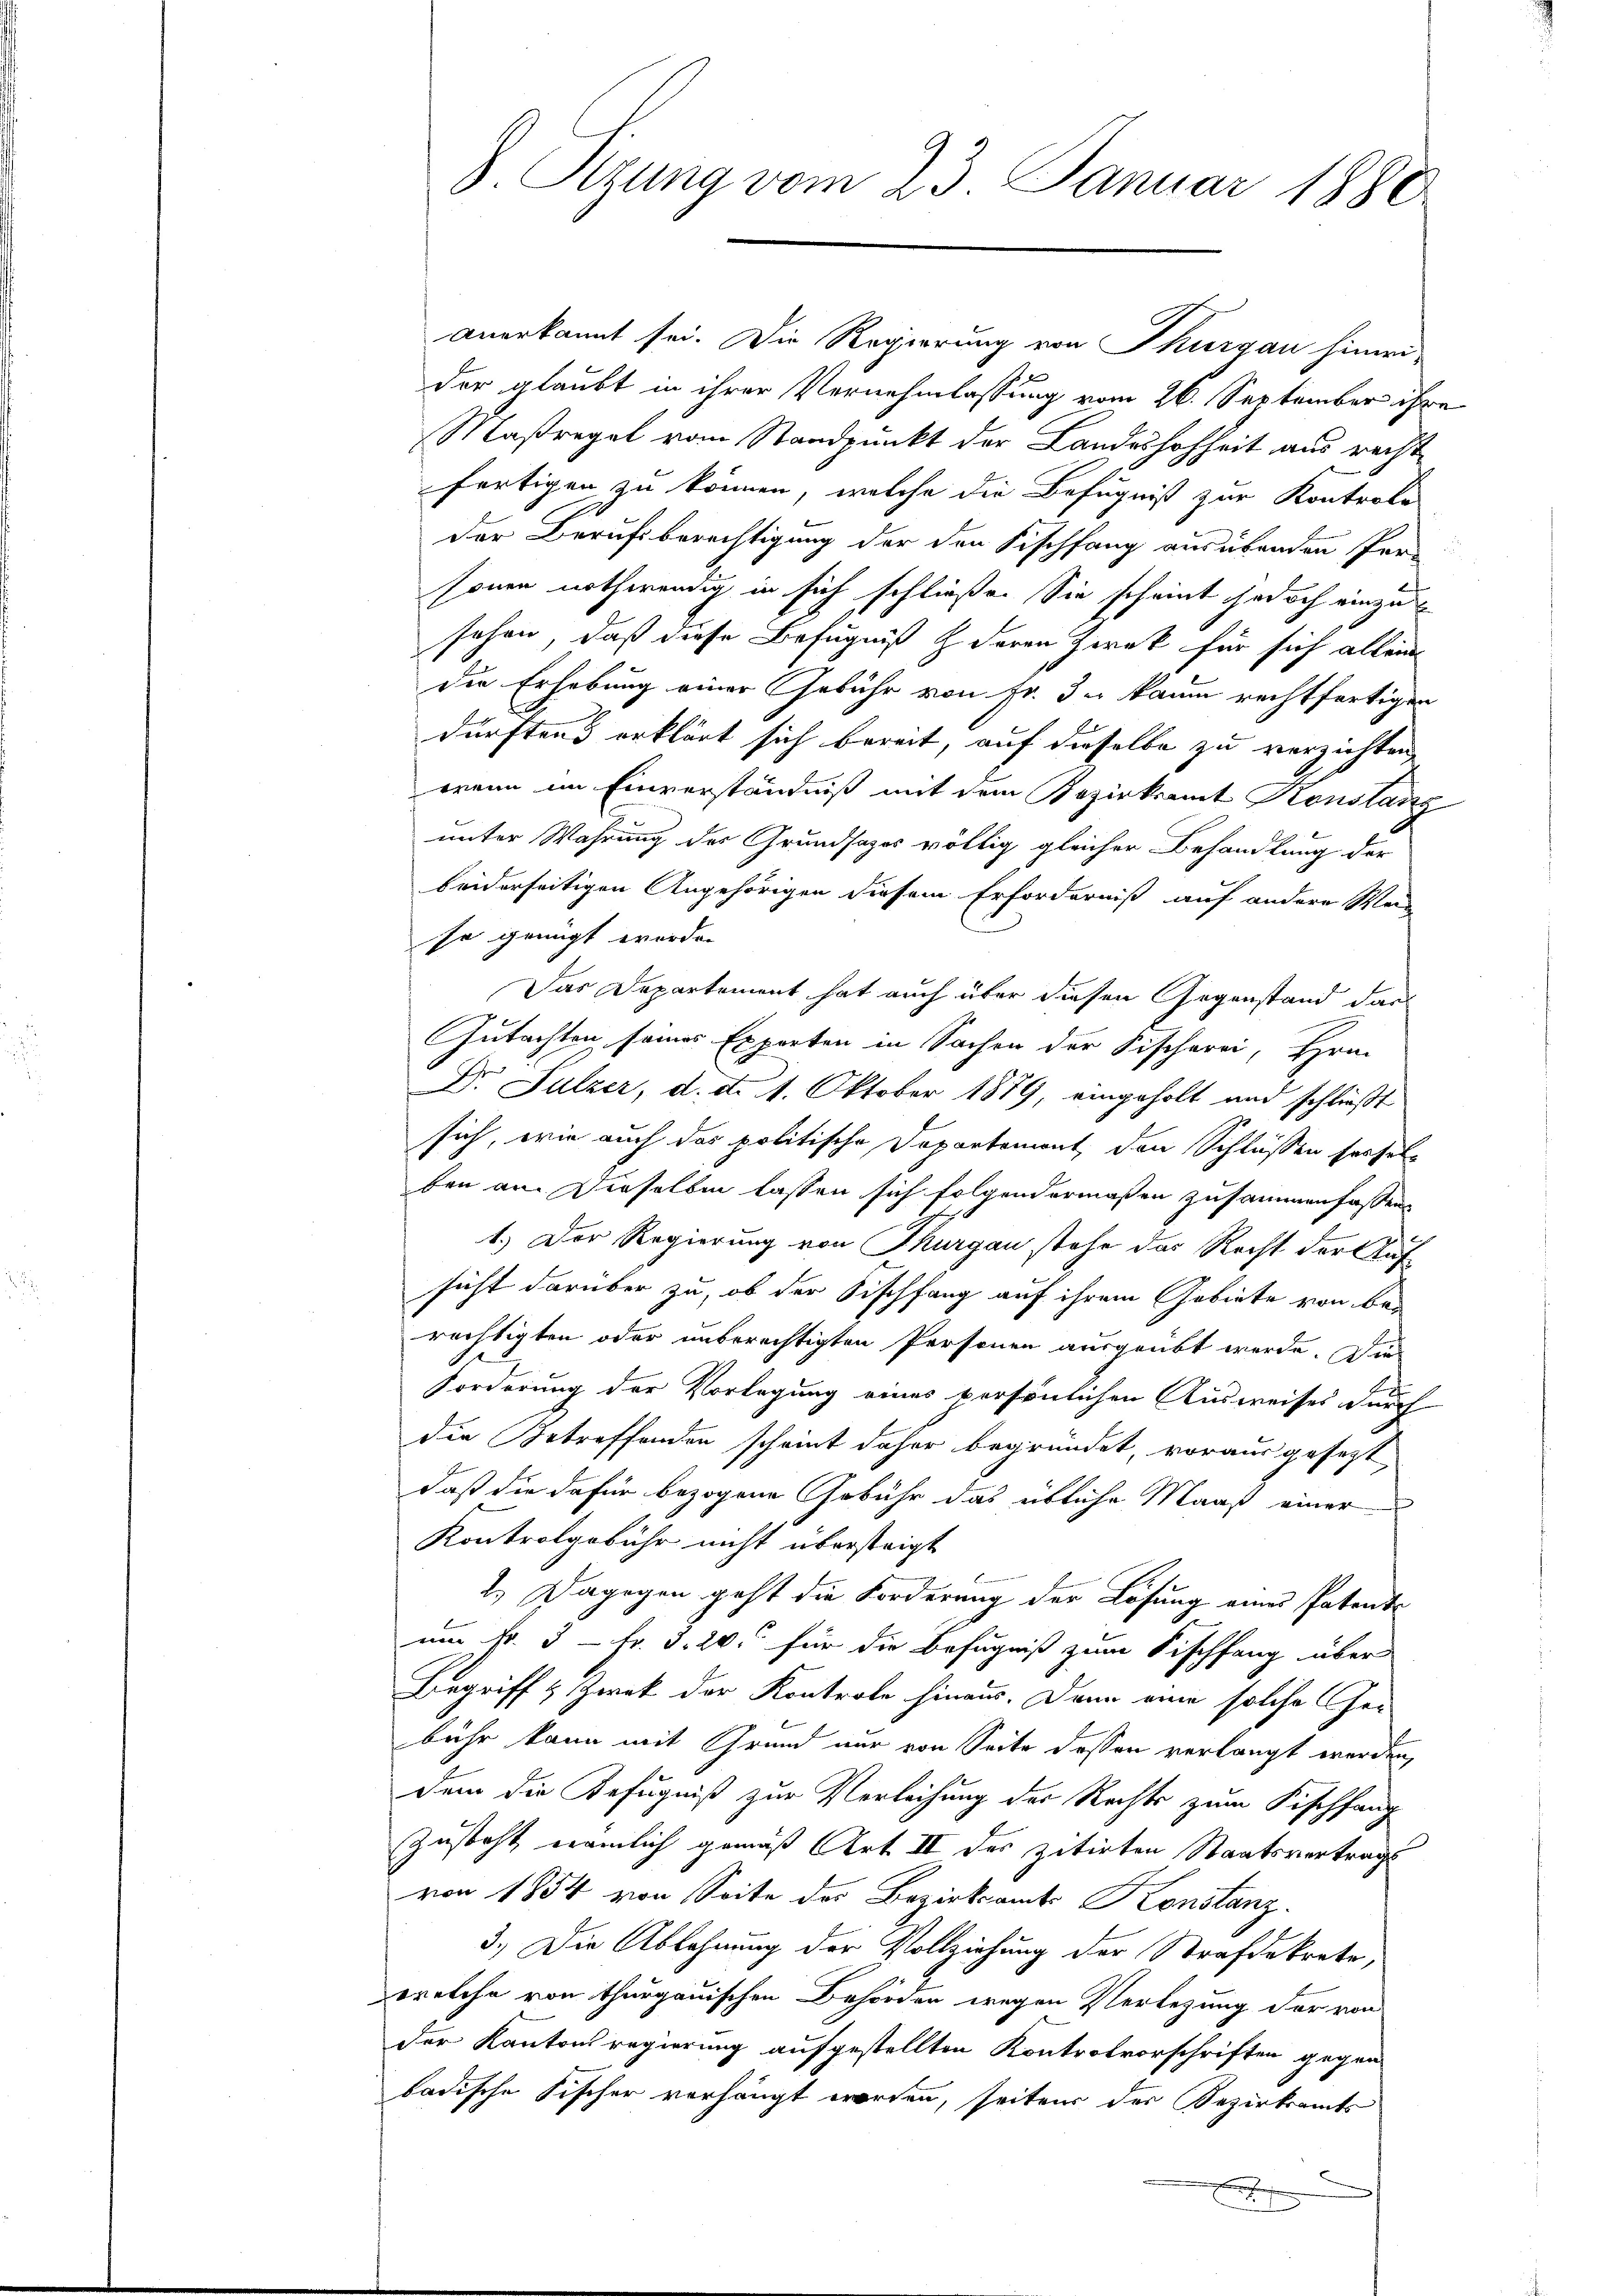
anerkannt sei. Die Regierung von Thurgau hinwi
der glaubt in ihrer Vernehmlassung vom 26. September ihre
Maßregel vom Standpunkt der Landeshohheit aus recht
fertigen zu können, welche die Befugniß zur Kontrole
der Berufsberechtigung der den Fischfang ausübenden Personen nothwendig in sich schließe. Sie scheint jedoch einzu
sehen, daß diese Befugniß deren Zweck für sich alleine
die Erhebung einer Gebühr von Fr. 3. kaum rechtfertigen
dürftens erklärt sich bereit, auf dieselbe zu verzichten,
wann im Einverständniß mit dem Bezirksamt Konstanz
unter Wahrung des Grundsazes völlig gleicher Behandlung der
beiderseitigen Angehörigen diesem Erforderniß auf andere Wei
so genügt worden
Das Departement hat auch über diesen Gegenstand das
Gutachten seines Exporten in Sachen der Fischerei, Hrn.
Dr. Sulzer, d. d. 1. Oktober 1879, eingeholt und schließt
sich, wie auch das politische Departemont, den Schlüssen seifel
ben an. Derselben lassen sich folgendermaßen zusammenfassen.
1.) Der Regierung von Thurgau stehe das Recht der Aufsicht darüber zu, ob der Fischfang auf ihrem Gebiete von berechtigten oder unberechtigten Personen ausgeübt werde. Die
Forderung der Vorlegung eines persönlichen Ausweises durch
die Betreffenden scheint daher begründet, vorausgesezt,
daß die dafür bezogene Gebühr das übliche Maaß einer
Kontrolgebühr nicht übersteigt
2.) Dagegen geht die Forderung der Lösung eines Patents
um fr. 3 - Fr. 3. 20. für die Befugniß zum Fischfang über
Begriff & Zwek der Kontrole hinaus. Dann eine solche Ge-
bühr kann mit Grund nur von Seite dessen verlangt werden,
dem die Befugniß zur Verleihung der Rechts zum Fischfang
Zusteht, nämlich gemäß Art II des zitirten Staatsvertrags
von 1854 von Seite des Bezirksamt Konstanz.
3.) Die Ablehnung der Vollziehung der Strafdekrete,
welche von thurgauischen Behörden wegen Verlegung der von
der Kantonsregierung aufgestellten Kontrolvorschriften gegen
badische Fischer verhängt worden, seitens der Bezirksamts

S. Sizung vom 23. Januar 1880